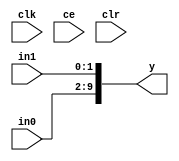
module concat_fb3e05a33e (
  input [(8 - 1):0] in0,
  input [(2 - 1):0] in1,
  output [(10 - 1):0] y,
  input clk,
  input ce,
  input clr);
  wire [(8 - 1):0] in0_1_23;
  wire [(2 - 1):0] in1_1_27;
  wire [(10 - 1):0] y_2_1_concat;
  assign in0_1_23 = in0;
  assign in1_1_27 = in1;
  assign y_2_1_concat = {in0_1_23, in1_1_27};
  assign y = y_2_1_concat;
endmodule